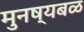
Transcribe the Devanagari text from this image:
मुनष्यबळ